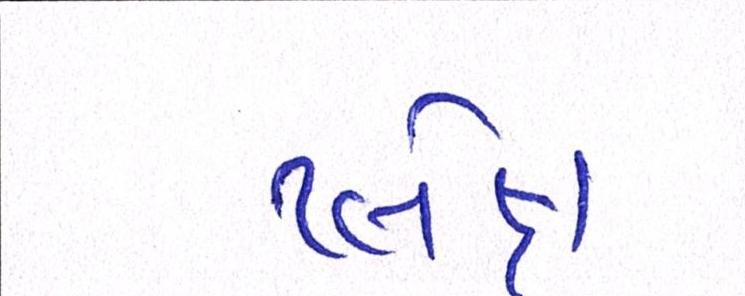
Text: પ્લેક્ષ